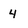
Character: 4